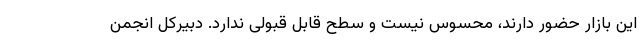
این بازار حضور دارند، محسوس نیست و سطح قابل قبولی ندارد. دبیرکل انجمن